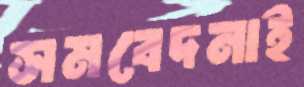
সমবেদনাই